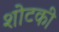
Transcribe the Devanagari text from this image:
शोटकी